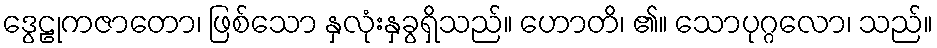
ဒွေဠုကဇာတော၊ ဖြစ်သော နှလုံးနှခွရှိသည်။ ဟောတိ၊ ၏။ သောပုဂ္ဂလော၊ သည်။